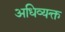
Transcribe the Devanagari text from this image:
अधिव्यक्त